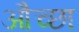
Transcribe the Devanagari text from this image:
औच्छा